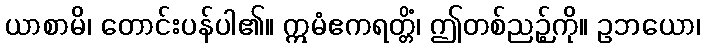
ယာစာမိ၊ တောင်းပန်ပါ၏။ ဣမံဧကရတ္တိံ၊ ဤတစ်ညဉ့်ကို။ ဥဘယော၊